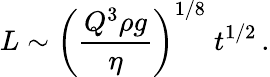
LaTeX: L\sim\left(\frac{Q^{3}\rho g}{\eta}\right)^{1/8}\; t^{1/2}\, .